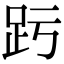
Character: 𧿉